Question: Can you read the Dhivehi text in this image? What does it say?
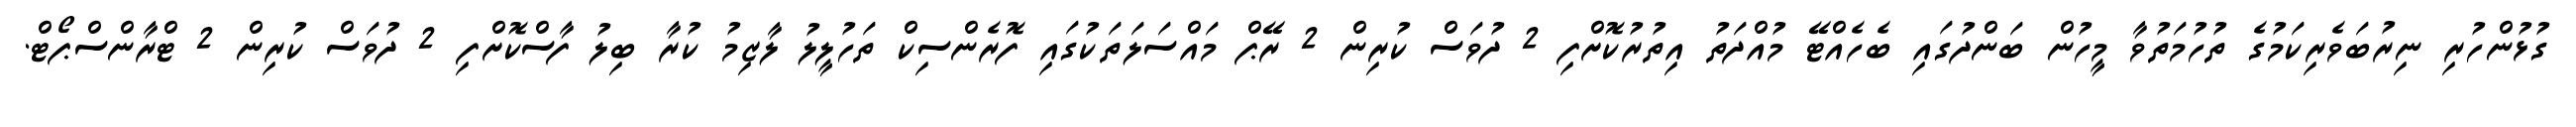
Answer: ގުޅުންހުރި ނިރުބަވެރިކަމުގެ ތުހުމަތުވާ މީހުން ބަންދުގައި ބެހެއްޓޭ މުއްދަތު އިތުރުކޮށްފި 2 ދުވަސް ކުރިން 2 ރޭޕް މައްސަލަތަކުގައި ފޮރެންސިކް ތަހުލީލު ލާޒިމު ކުރާ ބިލު ފާސްކޮށްފި 2 ދުވަސް ކުރިން 2 ޓްރާންސްޕޯޓް.